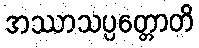
အဿာသပ္ပတ္တောတိ